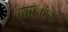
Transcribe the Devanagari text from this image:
क्विनटेना